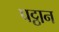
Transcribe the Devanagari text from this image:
पट्ठान